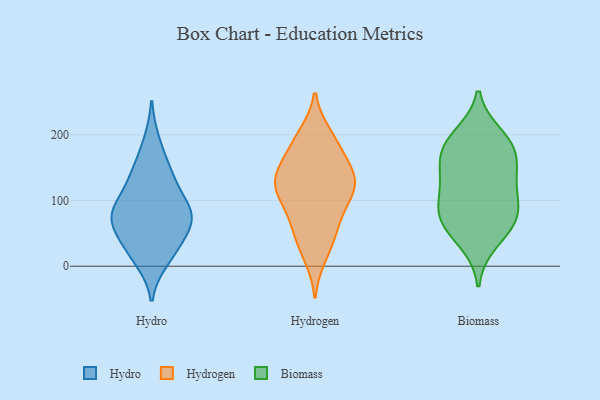
{"axis": {"x": "Net Income (USD K)", "y": "Value"}, "legend": ["Biomass", "Hydro", "Hydrogen"], "data": [{"x": "", "y": 78, "type": "Hydro"}, {"x": "", "y": 66, "type": "Hydro"}, {"x": "", "y": 10, "type": "Hydro"}, {"x": "", "y": 189, "type": "Hydro"}, {"x": "", "y": 142, "type": "Hydro"}, {"x": "", "y": 84, "type": "Hydro"}, {"x": "", "y": 102, "type": "Hydro"}, {"x": "", "y": 22, "type": "Hydro"}, {"x": "", "y": 24, "type": "Hydro"}, {"x": "", "y": 127, "type": "Hydro"}, {"x": "", "y": 79, "type": "Hydro"}, {"x": "", "y": 77, "type": "Hydro"}, {"x": "", "y": 46, "type": "Hydro"}, {"x": "", "y": 146, "type": "Hydro"}, {"x": "", "y": 69, "type": "Hydro"}, {"x": "", "y": 171, "type": "Hydrogen"}, {"x": "", "y": 120, "type": "Hydrogen"}, {"x": "", "y": 140, "type": "Hydrogen"}, {"x": "", "y": 117, "type": "Hydrogen"}, {"x": "", "y": 200, "type": "Hydrogen"}, {"x": "", "y": 196, "type": "Hydrogen"}, {"x": "", "y": 26, "type": "Hydrogen"}, {"x": "", "y": 148, "type": "Hydrogen"}, {"x": "", "y": 142, "type": "Hydrogen"}, {"x": "", "y": 57, "type": "Hydrogen"}, {"x": "", "y": 83, "type": "Hydrogen"}, {"x": "", "y": 190, "type": "Hydrogen"}, {"x": "", "y": 108, "type": "Hydrogen"}, {"x": "", "y": 62, "type": "Hydrogen"}, {"x": "", "y": 154, "type": "Hydrogen"}, {"x": "", "y": 123, "type": "Hydrogen"}, {"x": "", "y": 15, "type": "Hydrogen"}, {"x": "", "y": 57, "type": "Hydrogen"}, {"x": "", "y": 109, "type": "Hydrogen"}, {"x": "", "y": 120, "type": "Hydrogen"}, {"x": "", "y": 105, "type": "Biomass"}, {"x": "", "y": 76, "type": "Biomass"}, {"x": "", "y": 189, "type": "Biomass"}, {"x": "", "y": 74, "type": "Biomass"}, {"x": "", "y": 124, "type": "Biomass"}, {"x": "", "y": 63, "type": "Biomass"}, {"x": "", "y": 175, "type": "Biomass"}, {"x": "", "y": 37, "type": "Biomass"}, {"x": "", "y": 175, "type": "Biomass"}, {"x": "", "y": 198, "type": "Biomass"}, {"x": "", "y": 152, "type": "Biomass"}, {"x": "", "y": 135, "type": "Biomass"}, {"x": "", "y": 80, "type": "Biomass"}]}